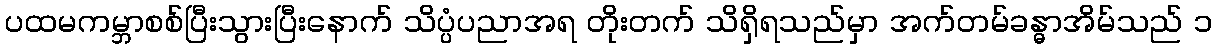
ပထမကမ္ဘာစစ်ပြီးသွားပြီးနောက် သိပ္ပံပညာအရ တိုးတက် သိရှိရသည်မှာ အက်တမ်ခန္ဓာအိမ်သည် ၁